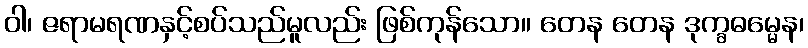
ဝါ၊ ဇရာမရဏနှင့်စပ်သည်မူလည်း ဖြစ်ကုန်သော။ တေန တေန ဒုက္ခဓမ္မေန၊